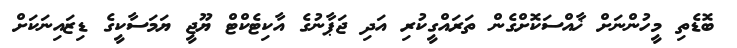
ބޮޑެތި މީހުންނަށް ޚާއްސަކޮށްގެން ތަރައްގީކުރި އަދި ޖަޕާނުގެ އާކިޓެކްޓް ޔޫޖީ ޔަމަސާކީގެ ޑިޒައިނަކަށް